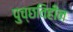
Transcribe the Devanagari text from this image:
पुच्छविहीन